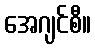
အေဂျင်စီ။